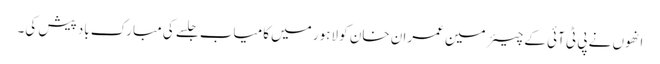
انھوں نے پی ٹی آئی کے چیئرمین عمران خان کو لاہور میں کامیاب جلسے کی مبارک باد پیش کی۔